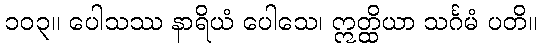
၁၀၃။ ပေါသဿ နာရိယံ ပေါသေ၊ ဣတ္ထိယာ သင်္ဂမံ ပတိ။